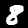
Digit: 8